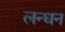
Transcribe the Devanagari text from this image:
लन्धन